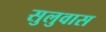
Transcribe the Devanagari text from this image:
सुलुवास